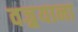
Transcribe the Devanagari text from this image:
वज्र्रयाना